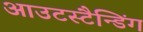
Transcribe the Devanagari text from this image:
आउटस्टैन्डिंग